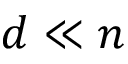
d \ll n